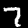
Label: 7